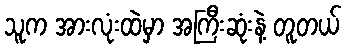
သူက အားလုံးထဲမှာ အကြီးဆုံးနဲ့ တူတယ်